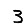
Digit: 3